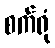
စက်ရုံ